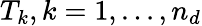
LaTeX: T_{k},k=1,...,n_{d}